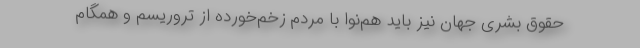
حقوق بشری جهان نیز باید هم‌نوا با مردم زخم‌خورده از تروریسم و همگام